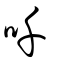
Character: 吀